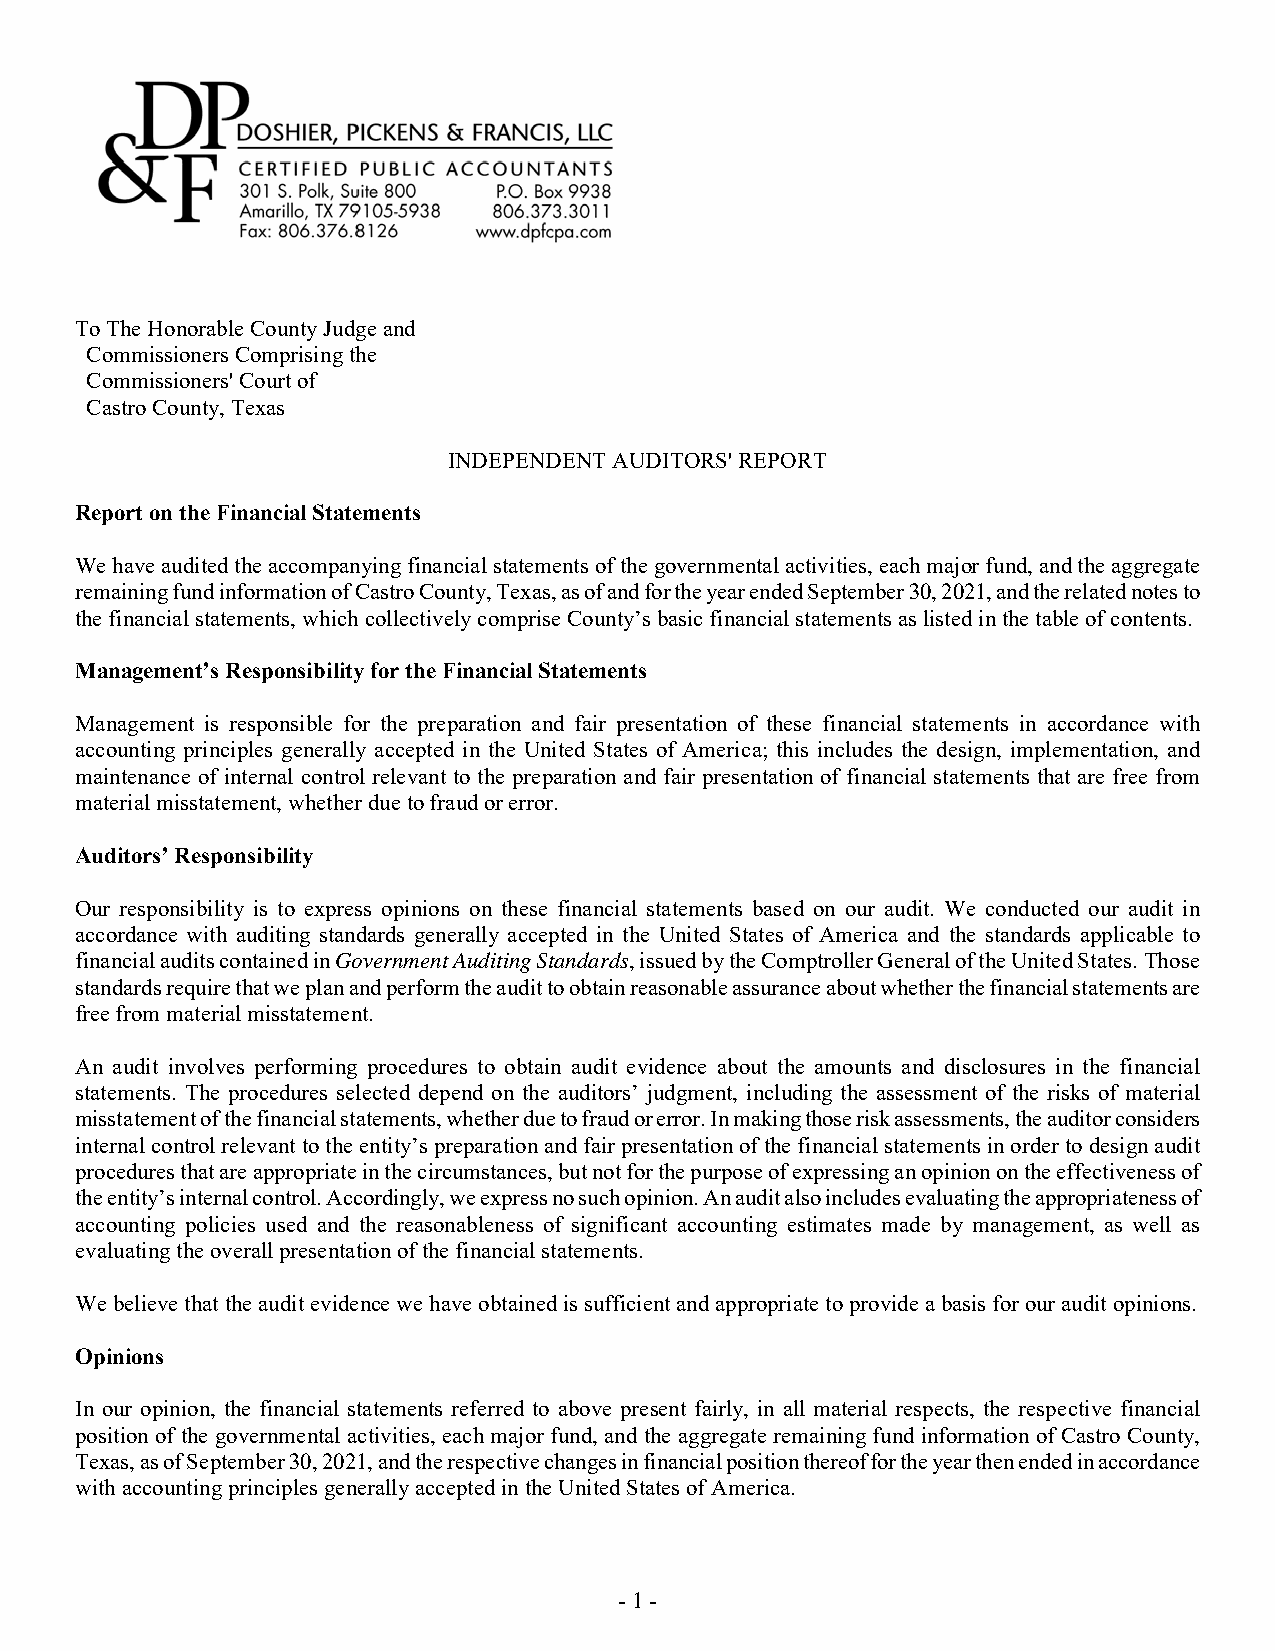
To The Honorable County Judge and
 Commissioners Comprising the
 Commissioners' Court of
 Castro County, Texas
 INDEPENDENT AUDITORS' REPORT
 Report on the Financial Statements
 We have audited the accompanying financial statements of the governmental activities, each major fund, and the aggregate
 remaining fund information of Castro County, Texas, as of and for the year ended September 30, 2021, and the related notes to
 the financial statements, which collectively comprise County’s basic financial statements as listed in the table of contents.
 Management’s Responsibility for the Financial Statements
 Management is responsible for the preparation and fair presentation of these financial statements in accordance with
 accounting principles generally accepted in the United States of America; this includes the design, implementation, and
 maintenance of internal control relevant to the preparation and fair presentation of financial statements that are free from
 material misstatement, whether due to fraud or error.
 Auditors’ Responsibility
 Our responsibility is to express opinions on these financial statements based on our audit. We conducted our audit in
 accordance with auditing standards generally accepted in the United States of America and the standards applicable to
 financial audits contained in Government Auditing Standards, issued by the Comptroller General of the United States. Those
 standards require that we plan and perform the audit to obtain reasonable assurance about whether the financial statements are
 free from material misstatement.
 An audit involves performing procedures to obtain audit evidence about the amounts and disclosures in the financial
 statements. The procedures selected depend on the auditors’ judgment, including the assessment of the risks of material
 misstatement of the financial statements, whether due to fraud or error. In making those risk assessments, the auditor considers
 internal control relevant to the entity’s preparation and fair presentation of the financial statements in order to design audit
 procedures that are appropriate in the circumstances, but not for the purpose of expressing an opinion on the effectiveness of
 the entity’s internal control. Accordingly, we express no such opinion. An audit also includes evaluating the appropriateness of
 accounting policies used and the reasonableness of significant accounting estimates made by management, as well as
 evaluating the overall presentation of the financial statements.
 We believe that the audit evidence we have obtained is sufficient and appropriate to provide a basis for our audit opinions.
 Opinions
 In our opinion, the financial statements referred to above present fairly, in all material respects, the respective financial
 position of the governmental activities, each major fund, and the aggregate remaining fund information of Castro County,
 Texas, as of September 30, 2021, and the respective changes in financial position thereof for the year then ended in accordance
 with accounting principles generally accepted in the United States of America.
 - 1 -